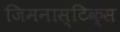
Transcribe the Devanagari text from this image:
जिमनास्टिक्‍स